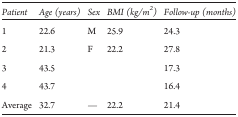
<table><thead><tr><td><b>Patient</b></td><td><b>Age (years)</b></td><td><b>Sex</b></td><td><b>BMI (kg/m<sup>2</sup>)</b></td><td><b>Follow-up (months)</b></td></tr></thead><tbody><tr><td>1</td><td>22.6</td><td>M</td><td>25.9</td><td>24.3</td></tr><tr><td>2</td><td>21.3</td><td>F</td><td>22.2</td><td>27.8</td></tr><tr><td>3</td><td>43.5</td><td>[EMPTY_CELL]</td><td>[EMPTY_CELL]</td><td>17.3</td></tr><tr><td>4</td><td>43.7</td><td>[EMPTY_CELL]</td><td>[EMPTY_CELL]</td><td>16.4</td></tr><tr><td>Average</td><td>32.7</td><td>—</td><td>22.2</td><td>21.4</td></tr></tbody></table>